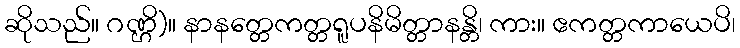
ဆိုသည်။ ဂဏ္ဌိ)။ နာနတ္တေကတ္တရူပနိမိတ္တာနန္တိ၊ ကား။ ဧကတ္တကာယေပိ၊